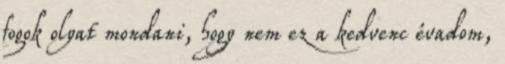
fogok olyat mondani, hogy nem ez a kedvenc évadom,